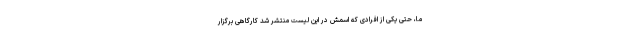
ما، حتی یکی از افرادی که اسمش در این لیست منتشر شد کارگاهی برگزار